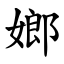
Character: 嫏